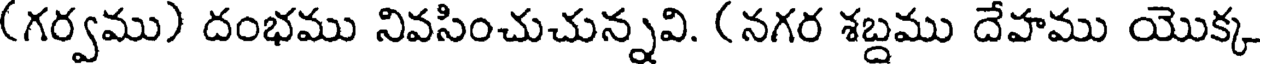
(గర్వము) దంభము నివసించుచున్నవి. (నగర శబ్దము దేహము యొక్క